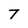
Character: 7